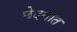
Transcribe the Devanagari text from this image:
छेदनात